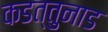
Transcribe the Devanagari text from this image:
कडत्तुनाड